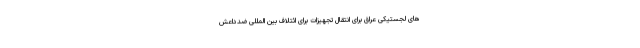
های لجستیکی عراق برای انتقال تجهیزات برای ائتلاف بین المللی ضدداعش